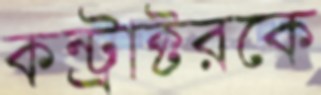
কন্ট্রাক্টরকে